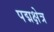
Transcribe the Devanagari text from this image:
पद्मक्षेत्र